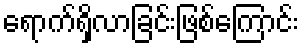
ရောက်ရှိလာခြင်းဖြစ်ကြောင်း